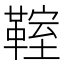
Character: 𩋡